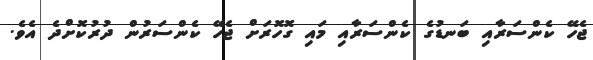
ޖެހޭ ކެންސަރާއި ބަނޑުގެ ކެންސަރާއި މައި ގޮހޮރަށް ޖެހޭ ކެންސަރުން ދުރުކޮށްދެ އެވެ.